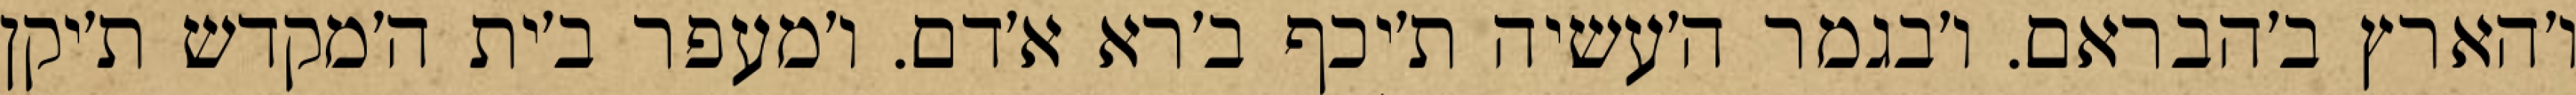
ו׳הארץ ב׳הבראם. ו׳בגמר ה׳עשיה ת׳יכף ב׳רא א׳דם. ו׳מעפר ב׳ית ה׳מקדש ת׳יקן